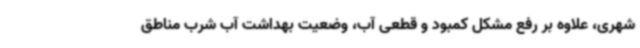
شهری، علاوه بر رفع مشکل کمبود و قطعی آب، وضعیت بهداشت آب شرب مناطق